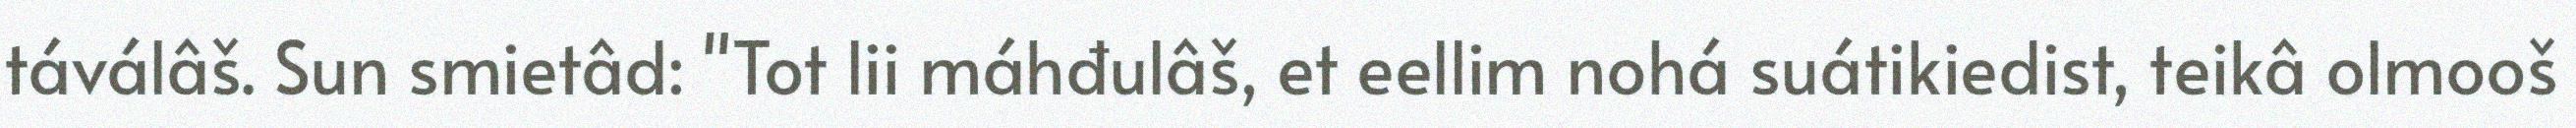
táválâš. Sun smietâd: "Tot lii máhđulâš, et eellim nohá suátikiedist, teikâ olmooš